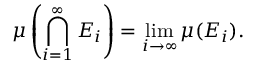
\mu \left( \bigcap _ { i = 1 } ^ { \infty } E _ { i } \right) = \operatorname* { l i m } _ { i \to \infty } \mu ( E _ { i } ) .